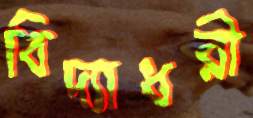
বিদ্যাধরী